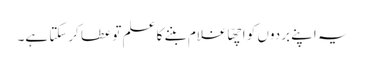
یہ اپنے بردوں کو اچھّا غلام بننے کا علم تو عطا کرسکتا ہے۔